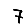
Digit: 7